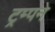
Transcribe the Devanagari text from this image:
ट्रम्पने